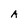
Character: A